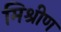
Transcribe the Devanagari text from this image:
मिश्रीण